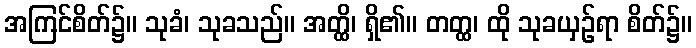
အကြင်စိတ်၌။ သုခံ၊ သုခသည်။ အတ္ထိ၊ ရှိ၏။ တတ္ထ၊ ထို သုခယှဉ်ရာ စိတ်၌။